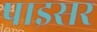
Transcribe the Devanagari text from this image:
पाइसर